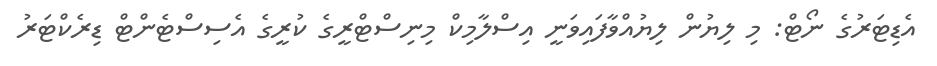
އެޑިޓަރުގެ ނޯޓް: މި ލިޔުން ލިޔުއްވާފައިވަނީ އިސްލާމިކް މިނިސްޓްރީގެ ކުރީގެ އެސިސްޓެންޓް ޑިރެކްޓަރު